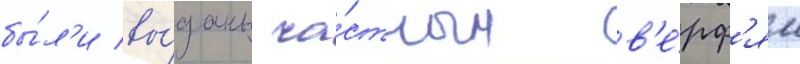
бы́л'и вы́даны ча́стным в'е́рф'ям